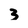
Character: 3